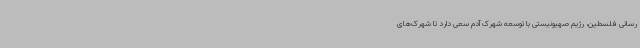
رسانی فلسطین، رژیم صهیونیستی با توسعه شهرک آدم سعی دارد تا شهرک‌های